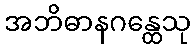
အဘိဓာနဂန္ထေသု